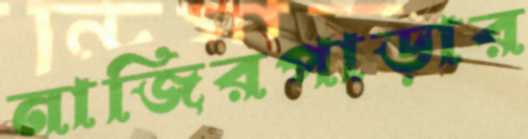
নাজিরপাড়ার